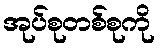
အုပ်စုတစ်စုကို